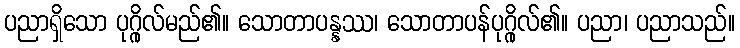
ပညာရှိသော ပုဂ္ဂိုလ်မည်၏။ သောတာပန္နဿ၊ သောတာပန်ပုဂ္ဂိုလ်၏။ ပညာ၊ ပညာသည်။